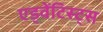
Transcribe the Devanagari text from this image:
एड्वेंटिस्ट्स